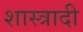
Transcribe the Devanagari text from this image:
शास्त्रादी